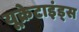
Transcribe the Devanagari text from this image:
यूक्रेटाइंड्स